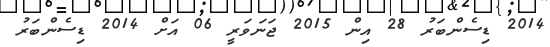
2014 ޑިސެންބަރު 28 އިން 2015 ޖަނަވަރީ 06 އަށް 2014 ޑިސެންބަރު